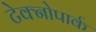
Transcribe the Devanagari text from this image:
टेक्नोपार्क